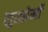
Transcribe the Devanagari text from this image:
सुखोर्मी